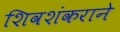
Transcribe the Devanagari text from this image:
शिवशंकराने